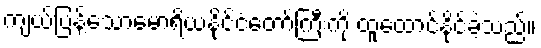
ကျယ်ပြန့်သောမောရိယနိုင်ငံတော်ကြီးကို ထူထောင်နိုင်ခဲ့သည်။